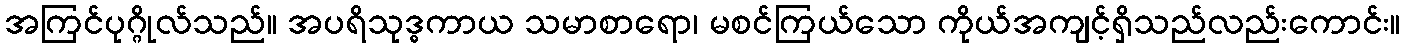
အကြင်ပုဂ္ဂိုလ်သည်။ အပရိသုဒ္ဓကာယ သမာစာရော၊ မစင်ကြယ်သော ကိုယ်အကျင့်ရှိသည်လည်းကောင်း။